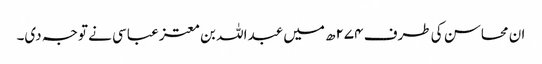
ان محاسن کی طرف ۲۷۴ھ میں عبداللہ بن معتز عباسی نے توجہ دی۔